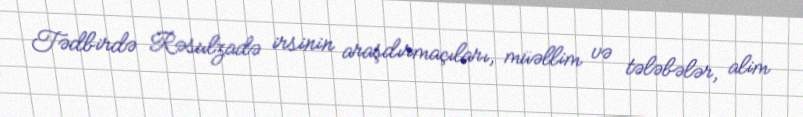
Tədbirdə Rəsulzadə irsinin araşdırmaçıları, müəllim və tələbələr, alim